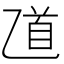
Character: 𠃺